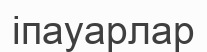
іпауарлар